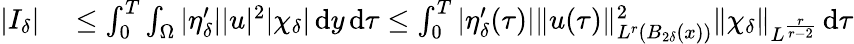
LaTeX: \begin{array}{rl}{|I_{\delta}|}&{{}\leq\int_{0}^{T}\int_{\Omega}|\eta_{\delta}^{\prime}||u|^{2}|\chi_{\delta}|\, \mathrm{d}y\, \mathrm{d}\tau\leq\int_{0}^{T}|\eta_{\delta}^{\prime}(\tau)|\| u(\tau)\| _{L^{r}(B_{2\delta}(x))}^{2}\| \chi_{\delta}\| _{L^{\frac{r}{r-2}}}\, \mathrm{d}\tau}\end{array}